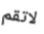
لاتقم